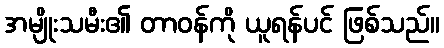
အမျိုးသမီး၏ တာဝန်ကို ယူရန်ပင် ဖြစ်သည်။